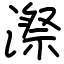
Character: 漈